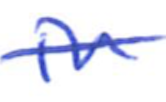
Text: in
Cross-out: single-line
Writing tool: ballpoint